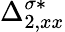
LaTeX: \Delta_{2,xx}^{\sigma*}